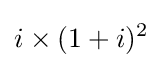
i\times (1+i)^{2}